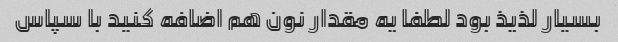
بسیار لذیذ بود لطفا یه مقدار نون هم اضافه کنید با سپاس